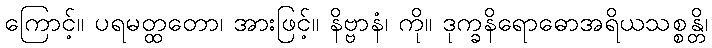
ကြောင့်။ ပရမတ္ထတော၊ အားဖြင့်။ နိဗ္ဗာနံ၊ ကို။ ဒုက္ခနိရောဓောအရိယသစ္စန္တိ၊